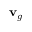
\mathbf { v } _ { g }